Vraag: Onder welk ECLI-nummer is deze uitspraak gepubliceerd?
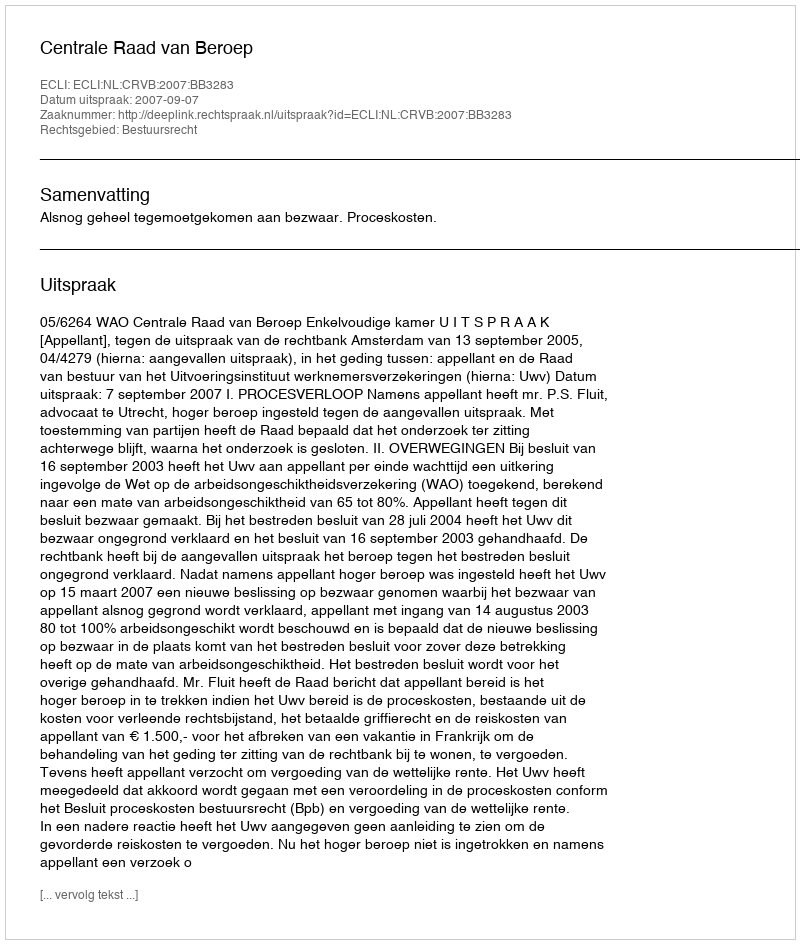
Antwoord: ECLI:NL:CRVB:2007:BB3283